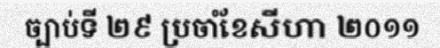
ច្បាប់ទី ២៩ ប្រចាំខែសីហា ២០១១